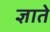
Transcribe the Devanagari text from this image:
ज्ञाते